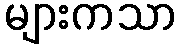
များကသာ